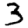
Digit: 3